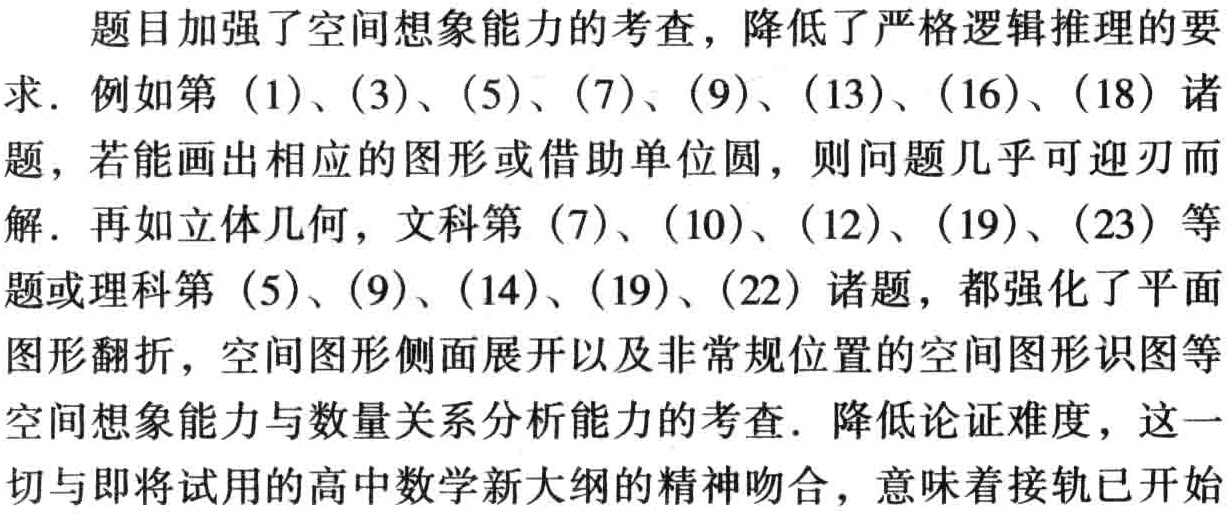
为了让你看到分类尝试法的威力，让我们考虑一棵状态-行动树(参看第2章)。假定这棵树的每个节点都有\(n\)个行动供选择采用，于是一共有\(n^m\)个长度为\(m\)的可能的行动序列。即使\(n\)和\(m\)都不大，\(n^m\)也会大得惊人，使你无法采用系统尝试法，无法试遍所有这些行动序列。